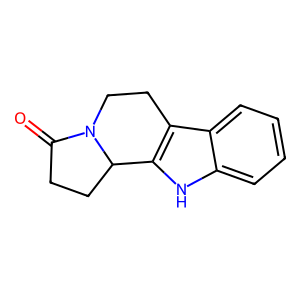
SMILES: O=C1CCC2c3[nH]c4ccccc4c3CCN12
Inhibits HIV replication: No